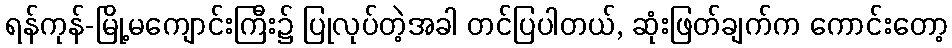
ရန်ကုန်-မြို့မကျောင်းကြီး၌ ပြုလုပ်တဲ့အခါ တင်ပြပါတယ်, ဆုံးဖြတ်ချက်က ကောင်းတော့